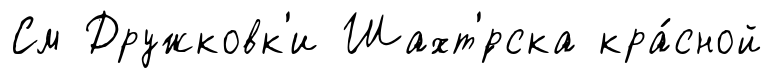
См Дружковк'и Шахт'́рска кра́сной